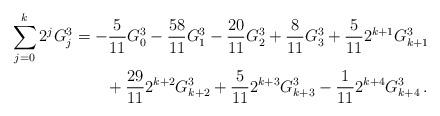
LaTeX: \begin{align*}\sum_{j = 0}^k {2^j G_j^3 } &= - \frac{5}{{11}}G_0^3 - \frac{{58}}{{11}}G_1^3 - \frac{{20}}{{11}}G_2^3 + \frac{8}{{11}}G_3^3 + \frac{5}{{11}}2^{k + 1} G_{k + 1}^3\\&\qquad+ \frac{{29}}{{11}}2^{k + 2} G_{k + 2}^3 + \frac{5}{{11}}2^{k + 3} G_{k + 3}^3 - \frac{1}{{11}}2^{k + 4} G_{k + 4}^3\,.\end{align*}